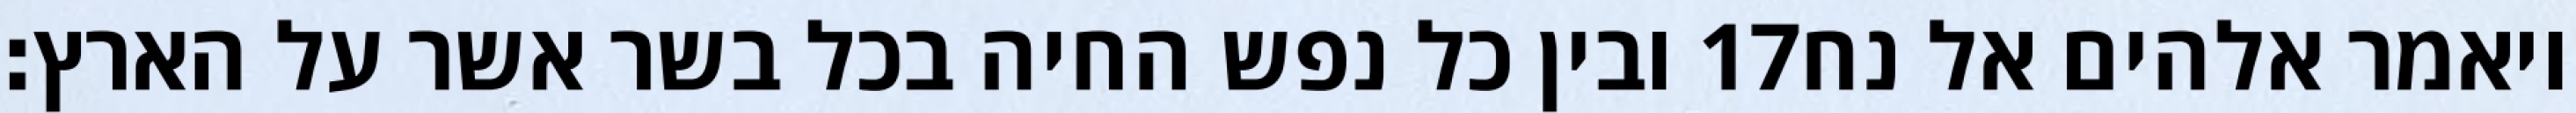
ובין כל נפש החיה בכל בשר אשר על הארץ׃ ‎17‏ ויאמר אלהים אל נח